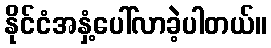
နိုင်ငံအနှံ့ပေါ်လာခဲ့ပါတယ်။